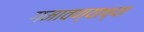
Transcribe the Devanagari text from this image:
गमावण्याच्या